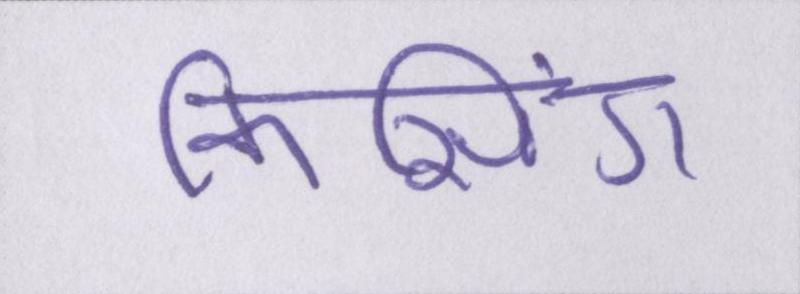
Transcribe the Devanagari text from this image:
किसिंग